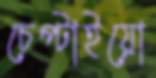
চেপ্‌টাইয়ো